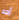
أحد